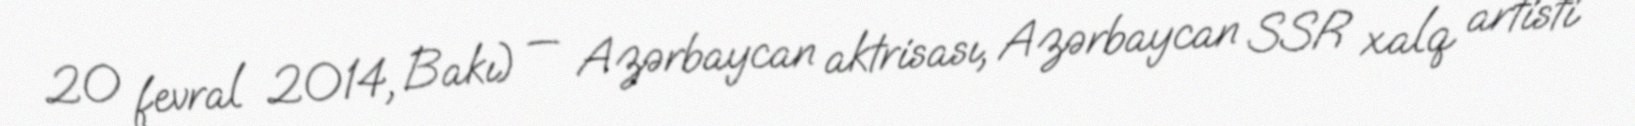
20 fevral 2014, Bakı) — Azərbaycan aktrisası, Azərbaycan SSR xalq artisti